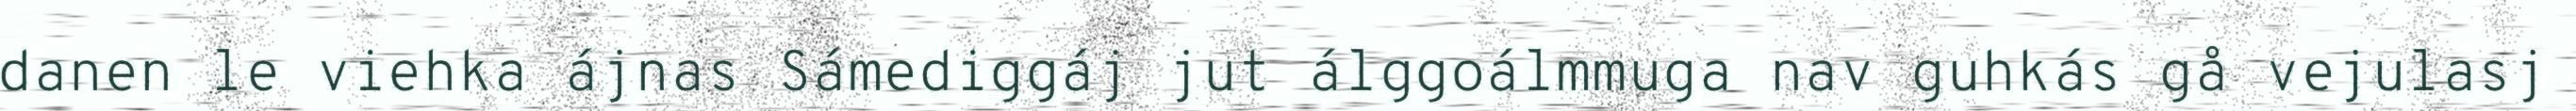
danen le viehka ájnas Sámediggáj jut álggoálmmuga nav guhkás gå vejulasj